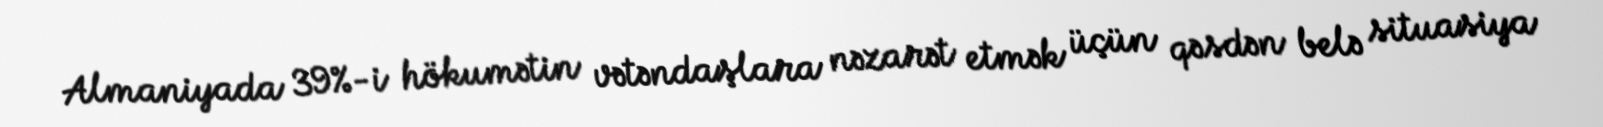
Almaniyada 39%-i hökumətin vətəndaşlara nəzarət etmək üçün qəsdən belə situasiya